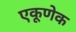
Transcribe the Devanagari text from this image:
एकूणेक